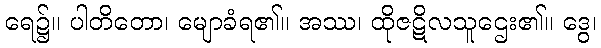
ရေ၌။ ပါတိတော၊ မျောခံရ၏။ အဿ၊ ထိုဇဋိလသူဌေး၏။ ဒွေ၊